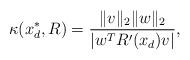
LaTeX: \begin{align*} \kappa(x_d^{\ast},R) = \frac{\|v\|_2\|w\|_2}{|w^TR'(x_d)v|}, \end{align*}